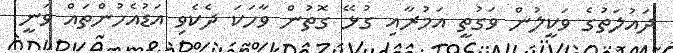
ދައުލަތުގެ ވަކީލުން ވަގުތީ އަމުރާއި ގުޅޭ ގޮތުން ވާހަކަ ދެކެވި އަޑުއެހުންތައް ވަނީ